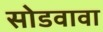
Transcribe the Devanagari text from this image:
सोडवावा